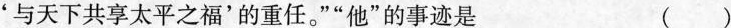
'与天下共享太平之福'的重任。””他”的事迹是 ( )